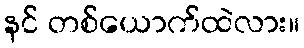
နင် တစ်ယောက်ထဲလား။